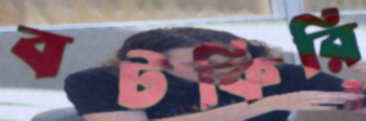
বটকিরি